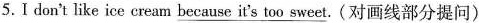
5.I don't like ice cream \underline{because it's too sweet}. (对画线部分提问)